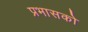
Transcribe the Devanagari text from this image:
प्रभासको